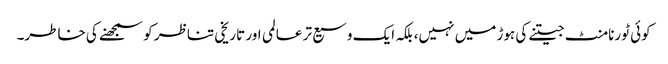
کوئی ٹورنامنٹ جیتنے کی ہوڑ میں نہیں، بلکہ ایک وسیع تر عالمی اور تاریخی تناظر کو سمجھنے کی خاطر۔